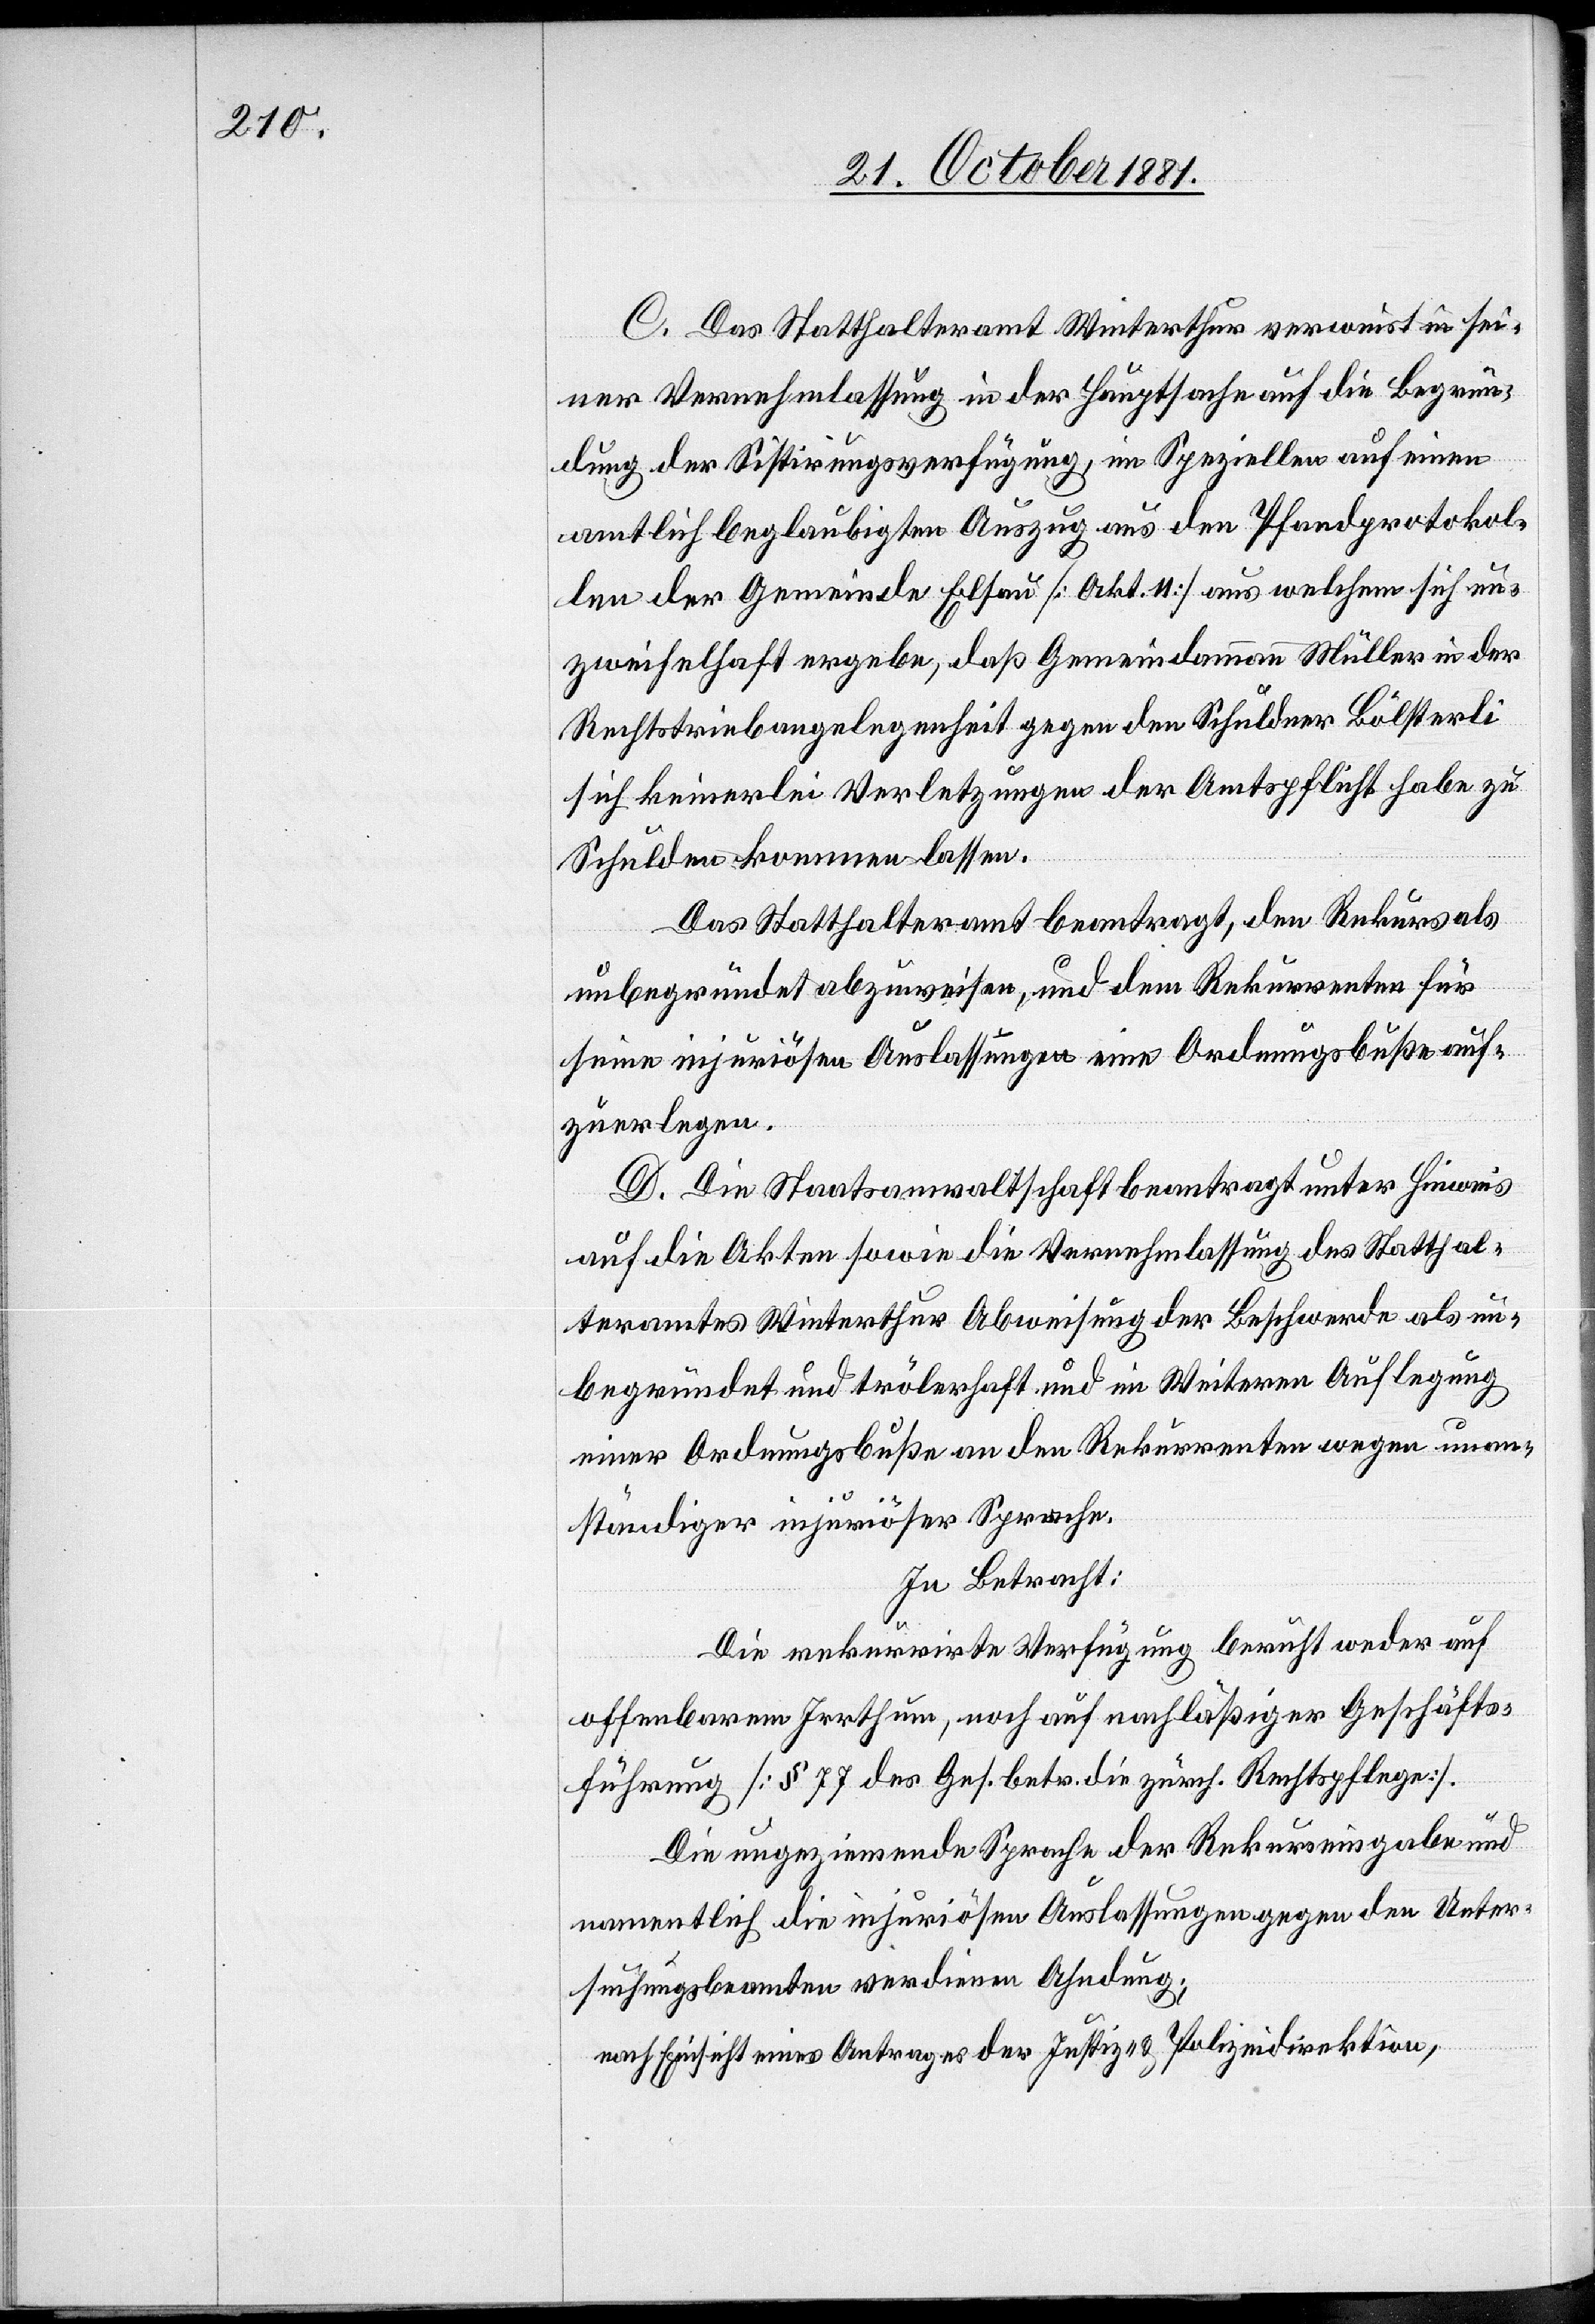
C. Das Statthalteramt Winterthur verweist in sei¬
ner Vernehmlassung in der Hauptsache auf die Begrün¬
dung der Sistirungsverfügung, im Speziellen auf einen
amtlich beglaubigten Auszug aus den Pfandprotokol¬
len der Gemeinde Elsau [Akt. 11] aus welchem sich un¬
zweifelhaft ergebe, daß Gemeindammann Müller in der
Rechtstriebangelegenheit gegen den Schuldner Bölsterli
sich keinerlei Verletzungen der Amtspflicht habe zu
Schulden kommen lassen.
Das Statthalteramt beantragt, den Rekurs als
unbegründet abzuweisen, und dem Rekurrenten für
seine injuriösen Auslassungen eine Ordnungsbuße auf¬
zuerlegen.
D. Die Staatsanwaltschaft beantragt unter Hinweis
auf die Akten sowie die Vernehmlassung des Statthal¬
teramtes Winterthur Abweisung der Beschwerde als un¬
begründet und trölerhaft und im Weiteren Auflegung
einer Ordnungsbuße an den Rekurrenten wegen unan¬
ständiger injuriöser Sprache.
In Betracht:
Die rekurrirte Verfügung beruht weder auf
offenbarem Irrthum, noch auf nachläßiger Geschäfts¬
führung [§ 77 des Ges. betr. die zürch. Rechtspflege].
Die ungeziemende Sprache der Rekurseingabe und
namentlich die injuriösen Auslassungen gegen den Unter¬
suchungsbeamten verdienen Ahndung:
nach Einsicht eines Antrages der Justiz- & Polizeidirektion,